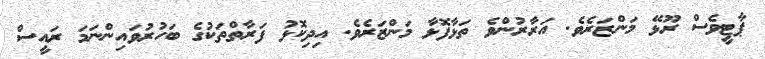
ޕާޓީވެސް ރޫޅޭ މަންޒަރެވެ. އަރާރުންވެ ތަޅާފޮޅާ މަންޒަރެވެ. އިދިކޮޅު ފަރާތްތަކުގެ ބަހުރުވައިންނަމަ ރައީސް